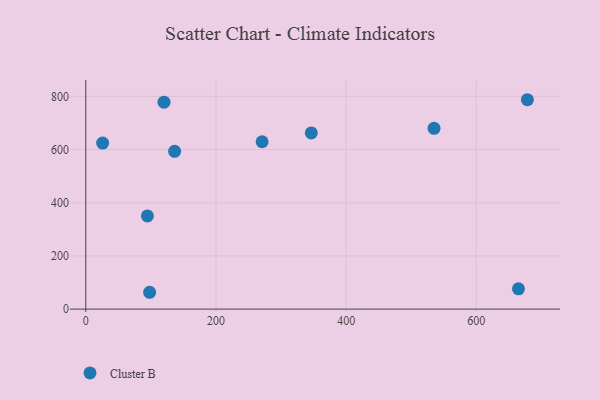
{"axis": {"x": "Engine Size", "y": "Salary"}, "legend": ["Cluster B"], "data": [{"x": "25.9", "y": 624.3, "type": "Cluster B"}, {"x": "346.5", "y": 662.4, "type": "Cluster B"}, {"x": "535.0", "y": 679.8, "type": "Cluster B"}, {"x": "136.5", "y": 593.2, "type": "Cluster B"}, {"x": "98.1", "y": 63.3, "type": "Cluster B"}, {"x": "678.4", "y": 787.4, "type": "Cluster B"}, {"x": "270.9", "y": 629.4, "type": "Cluster B"}, {"x": "664.7", "y": 76.1, "type": "Cluster B"}, {"x": "120.2", "y": 778.1, "type": "Cluster B"}, {"x": "94.7", "y": 350.5, "type": "Cluster B"}]}